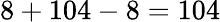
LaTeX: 8+104-8=104